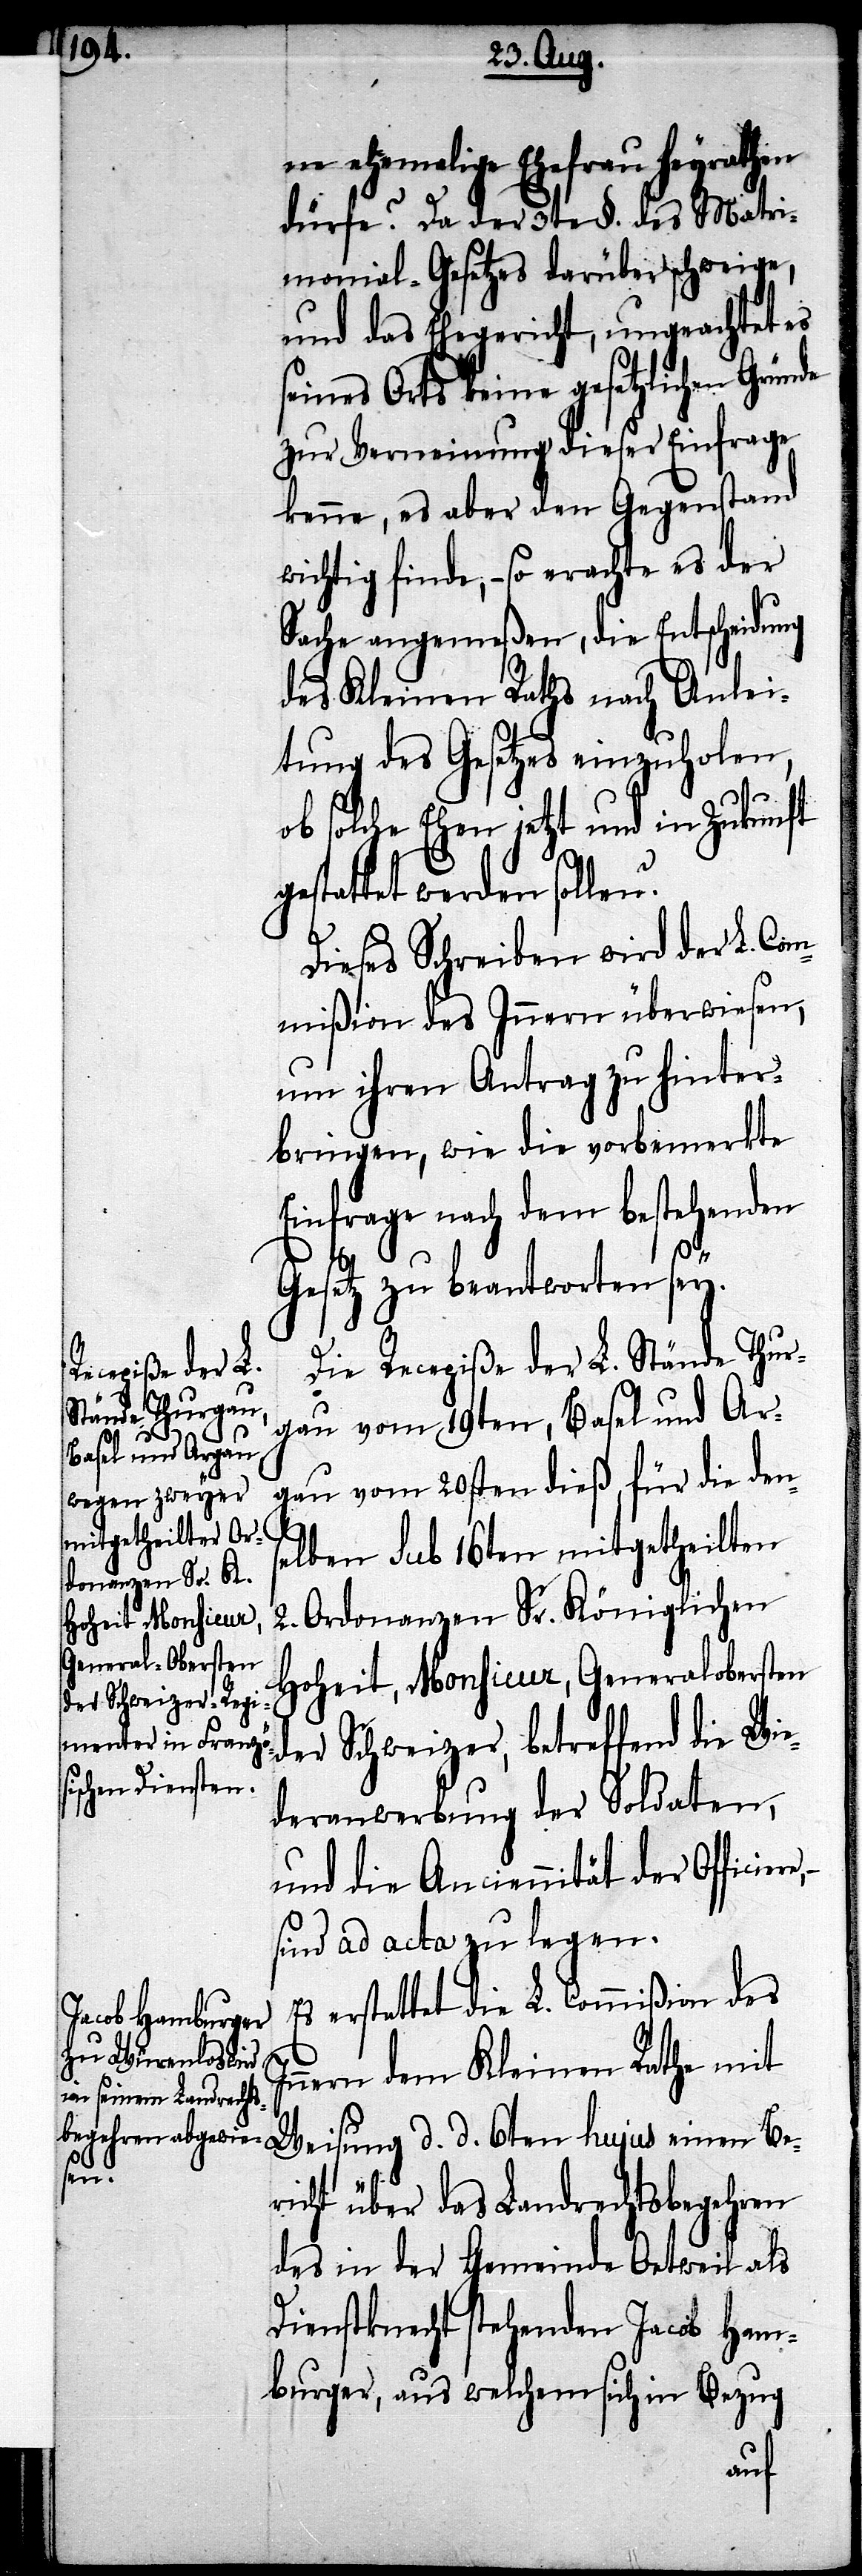
I¬
ne ehemalige Ehefrau heyrathen
dürfe? Da der 3te §. des Matri¬
monial-Gesetzes darüber schweige,
und das Ehegericht, ungeachtet es
eines Orts keine gesetzlichen
zur Verneinung dieser Einfrage
kenne, es aber den Gegenstand
wichtig finde, – so erachte es der
Sache angemeßen, die Entscheidung
des Kleinen Raths nach Anlei¬
tung des Gesetzes einzuholen,
ob solche Ehen jetzt und in Zukunft
gestattet werden solle¬
Dieses Schreiben wird der L. Com¬
mißion des Innern überwiesen,
um ihren Antrag zu hinter¬
bringen, wie die vorbemerkte
Einfrage nach dem bestehenden
Gesetz zu beantworten sey.
Die Recepiße der L. Stände Thur¬
gau vom 19ten, Basel und Ar¬
gau vom 20sten dieß, für die den¬
selben sub 16ten mitgetheilten
2. Ordonanzen Sr. Königlichen
Hoheit, Monsieur, Generalobersten
der Schweizer, betre¬
deranwerbung der Soldaten,
und die Anciennität der Officie¬
sind ad acta zu legen.
erstattet die L. Commißion des
nnern dem Kleinen Rathe mit
Weisung d. d. 6ten hujus einen Be¬
ffend
richt über das Landrechtsbegehren
des in der Gemeinde Oetweil als
Dienstknecht stehenden Jacob Ham¬
burger, aus welchem sich in Bezug
re,